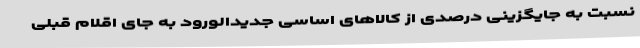
نسبت به جایگزینی درصدی از کالاهای اساسی جدیدالورود به جای اقلام قبلی